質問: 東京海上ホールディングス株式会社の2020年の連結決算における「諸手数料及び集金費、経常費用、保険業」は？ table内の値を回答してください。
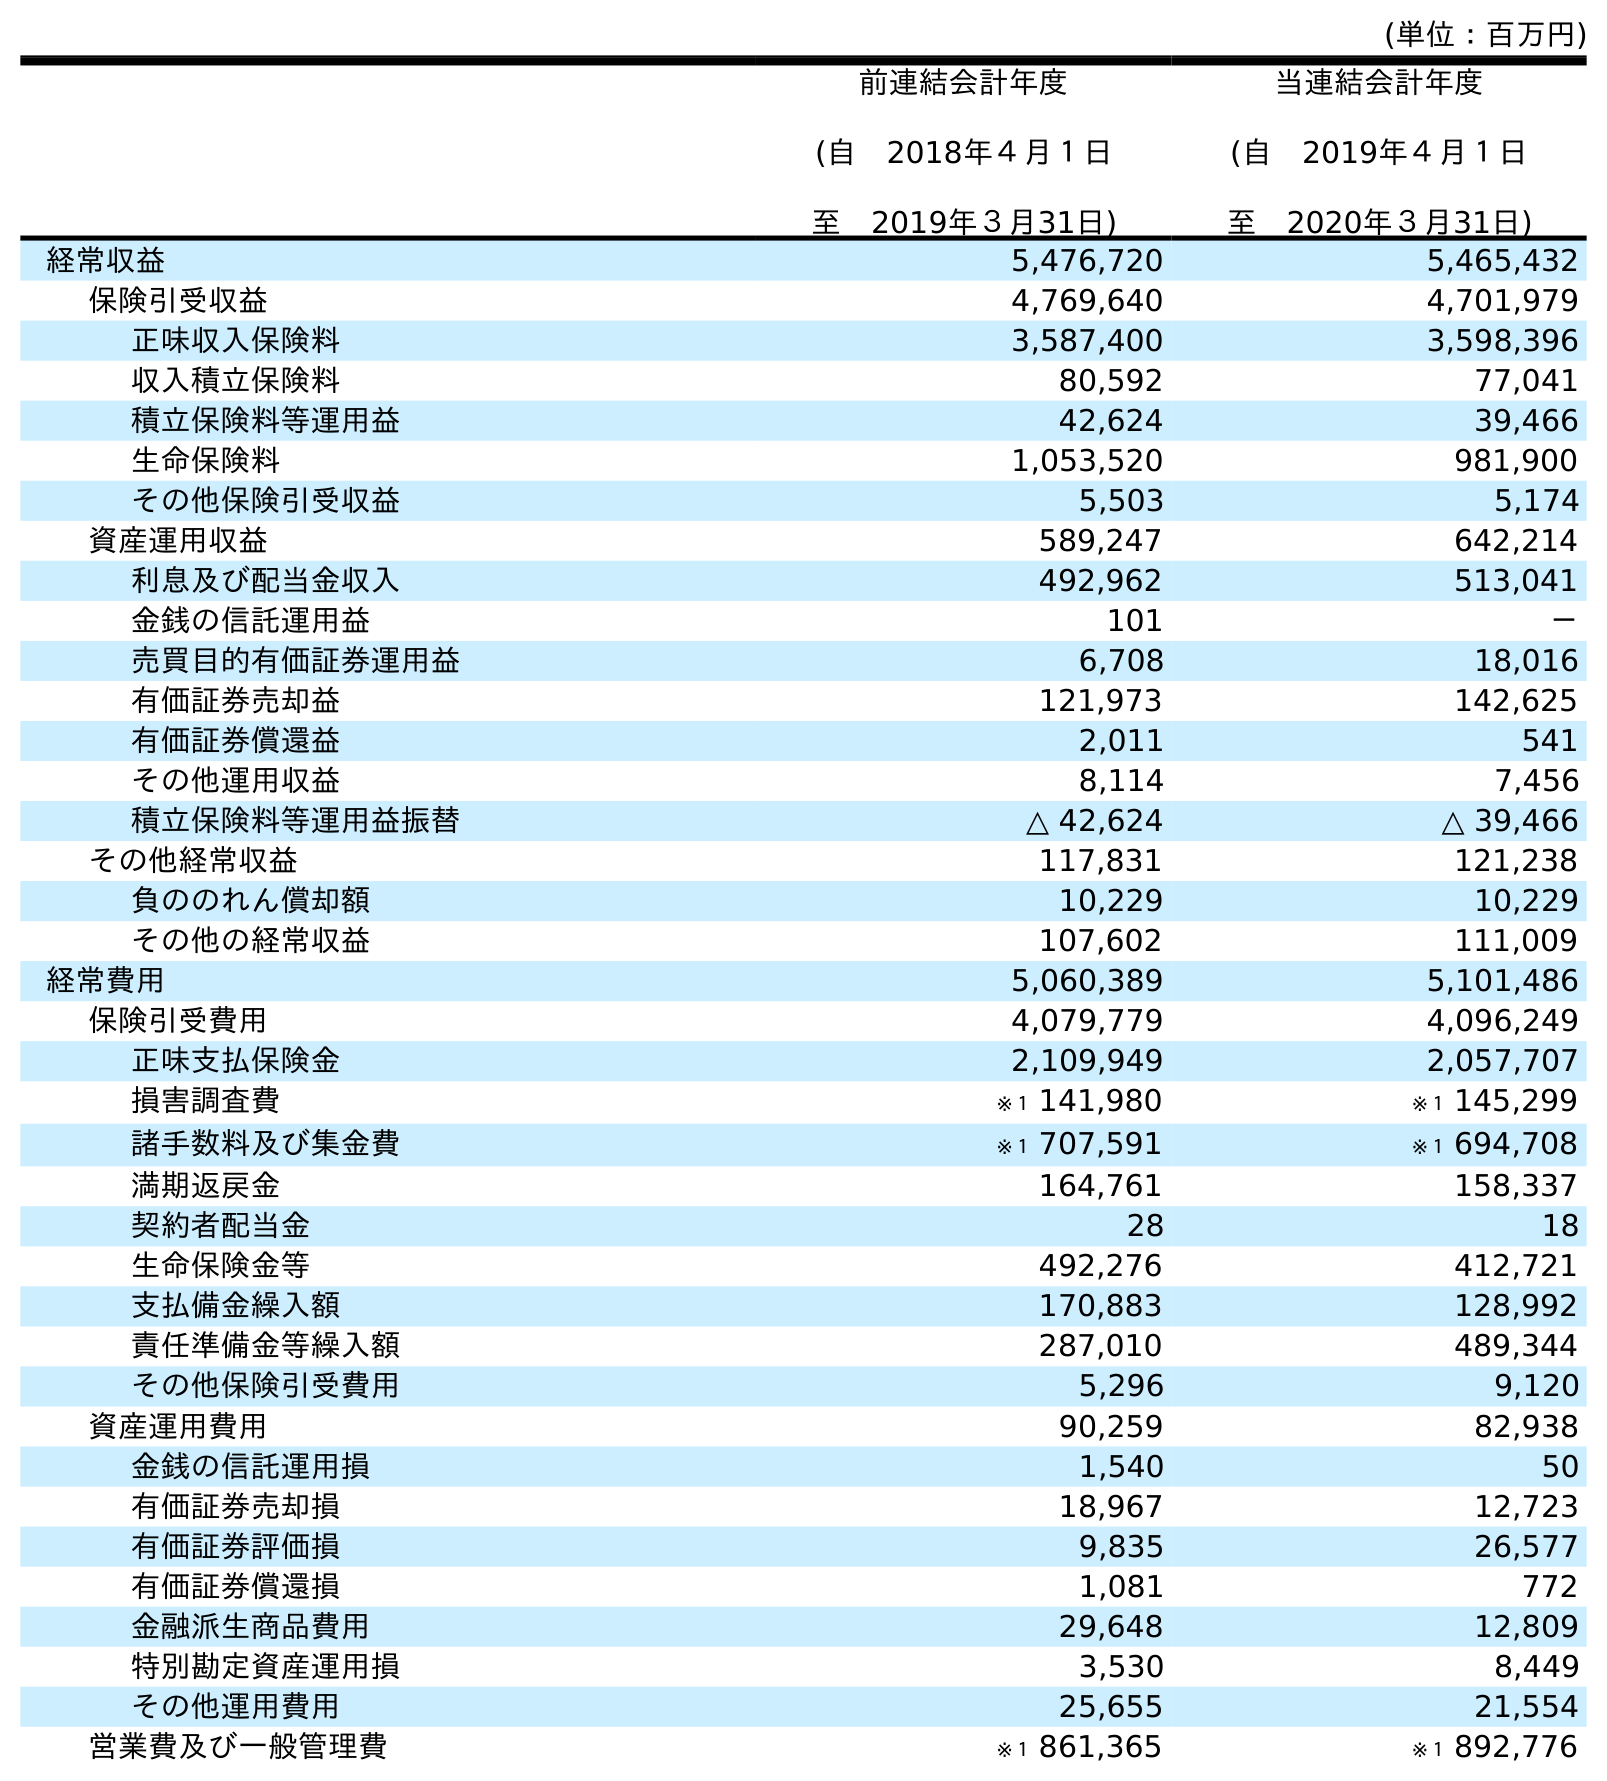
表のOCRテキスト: (単位：百万円) 前連結会計年度 (自 2018年４月１日 至 2019年３月31日) 当連結会計年度 (自 2019年４月１日 至 2020年３月31日) 経常収益 5,476,720 5,465,432 保険引受収益 4,769,640 4,701,979 正味収入保険料 3,587,400 3,598,396 収入積立保険料 80,592 77,041 積立保険料等運用益 42,624 39,466 生命保険料 1,053,520 981,900 その他保険引受収益 5,503 5,174 資産運用収益 589,247 642,214 利息及び配当金収入 492,962 513,041 金銭の信託運用益 101 － 売買目的有価証券運用益 6,708 18,016 有価証券売却益 121,973 142,625 有価証券償還益 2,011 541 その他運用収益 8,114 7,456 積立保険料等運用益振替 △ 42,624 △ 39,466 その他経常収益 117,831 121,238 負ののれん償却額 10,229 10,229 その他の経常収益 107,602 111,009 経常費用 5,060,389 5,101,486 保険引受費用 4,079,779 4,096,249 正味支払保険金 2,109,949 2,057,707 損害調査費 ※１ 141,980 ※１ 145,299 諸手数料及び集金費 ※１ 707,591 ※１ 694,708 満期返戻金 164,761 158,337 契約者配当金 28 18 生命保険金等 492,276 412,721 支払備金繰入額 170,883 128,992 責任準備金等繰入額 287,010 489,344 その他保険引受費用 5,296 9,120 資産運用費用 90,259 82,938 金銭の信託運用損 1,540 50 有価証券売却損 18,967 12,723 有価証券評価損 9,835 26,577 有価証券償還損 1,081 772 金融派生商品費用 29,648 12,809 特別勘定資産運用損 3,530 8,449 その他運用費用 25,655 21,554 営業費及び一般管理費 ※１ 861,365 ※１ 892,776
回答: ※１694,708